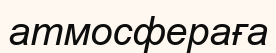
атмосфераға